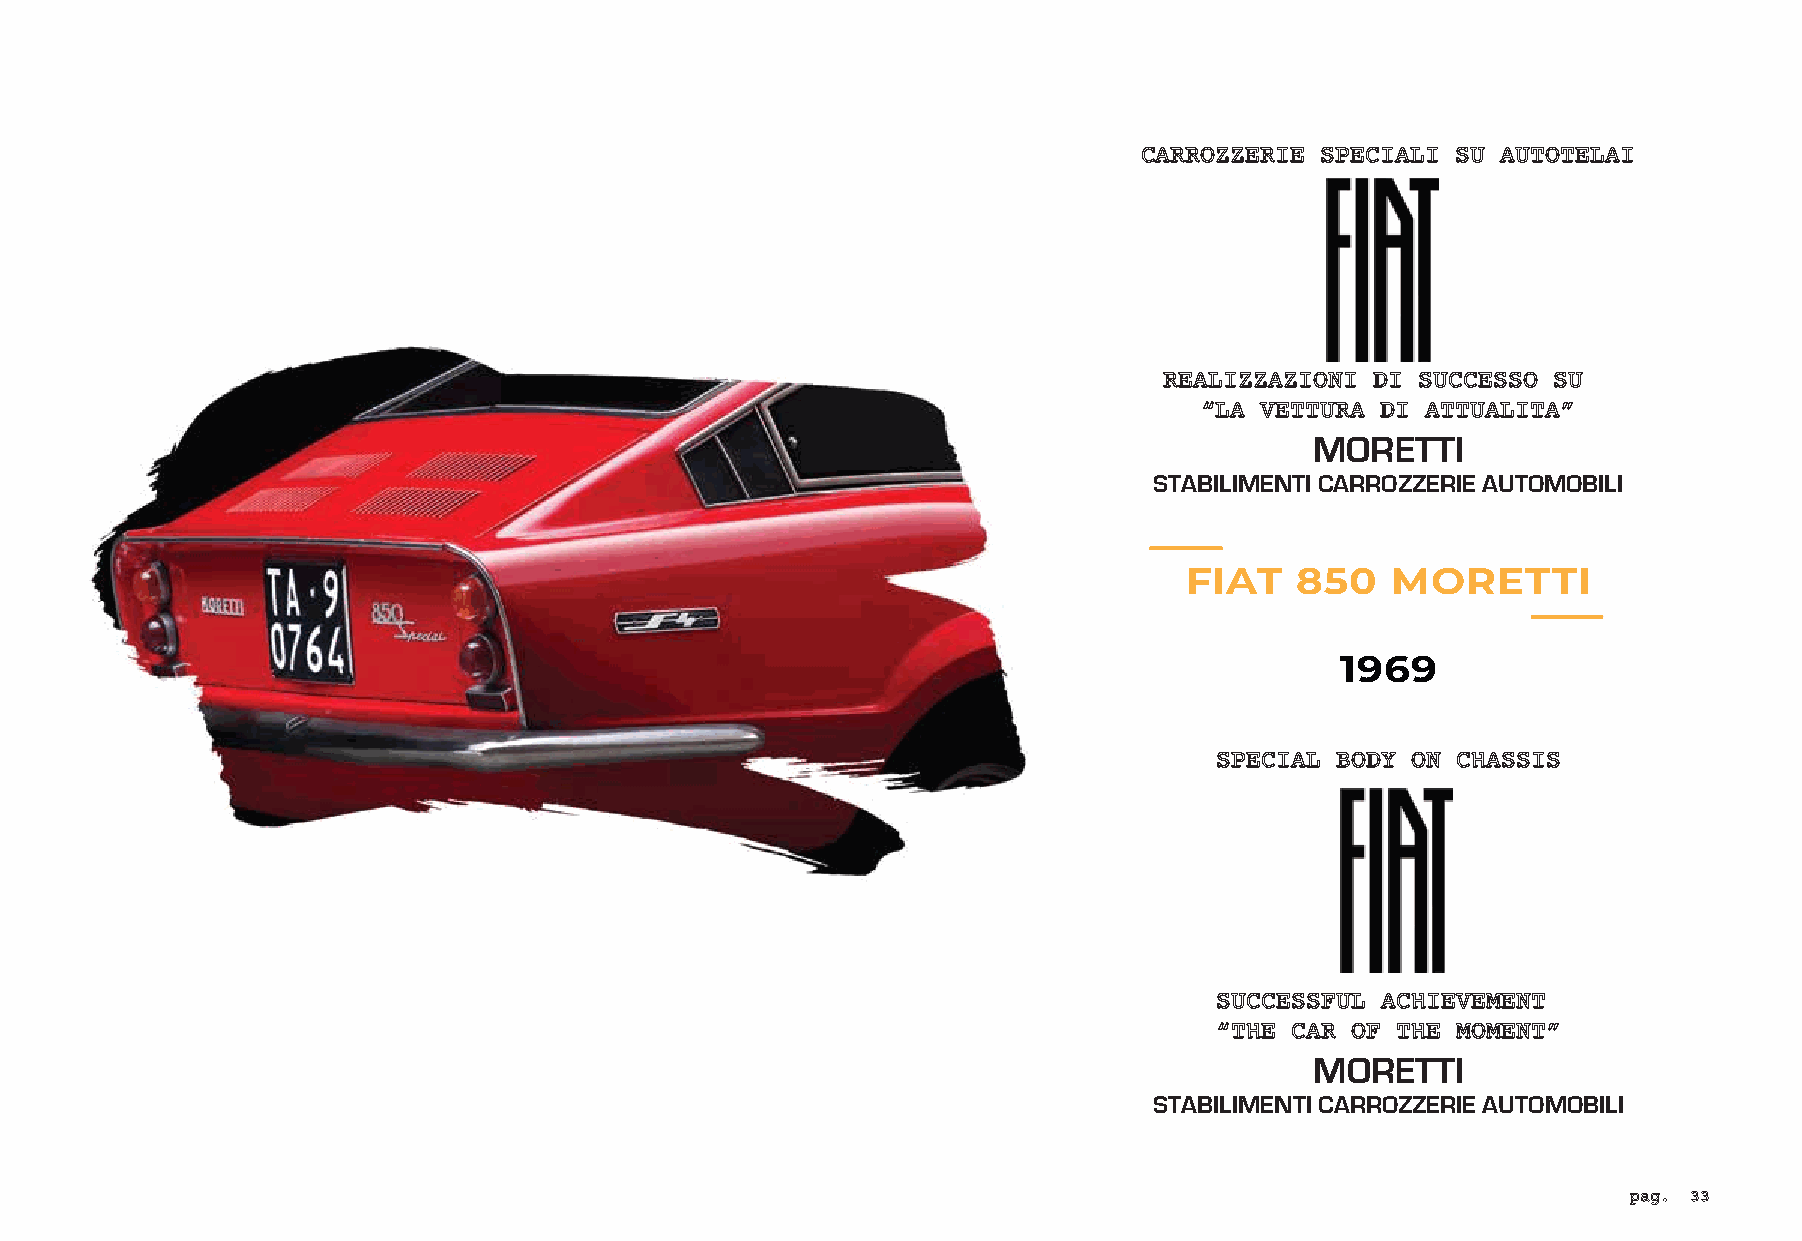
CARROZZERIE SPECIALI SU AUTOTELAI
 REALIZZAZIONI DI SUCCESSO SU
 “LA VETTURA DI ATTUALITA”
 MORETTI
 STABILIMENTI CARROZZERIE AUTOMOBILI
 FIAT    850   MORETTI
 1969
 SPECIAL BODY ON CHASSIS
 SUCCESSFUL ACHIEVEMENT
 “THE CAR OF THE MOMENT”
 MORETTI
 STABILIMENTI CARROZZERIE AUTOMOBILI
 pag. 33